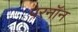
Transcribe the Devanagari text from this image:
परनॉन